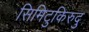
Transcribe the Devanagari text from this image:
सिमिटुकिरुदु